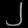
Digit: ၂